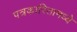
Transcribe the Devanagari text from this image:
पत्रकारितामध्ये